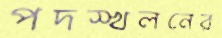
পদস্খলনের